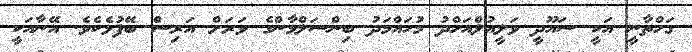
ގަހްތާނީ އަކީ ސައޫދީ ވަލީއުލްއަހްދު މުހައްމަދު ބިންސަލްމާންގެ ވަރަށް އަރިސް ބޭފުޅެކެވެ. އޭނާއަކީ